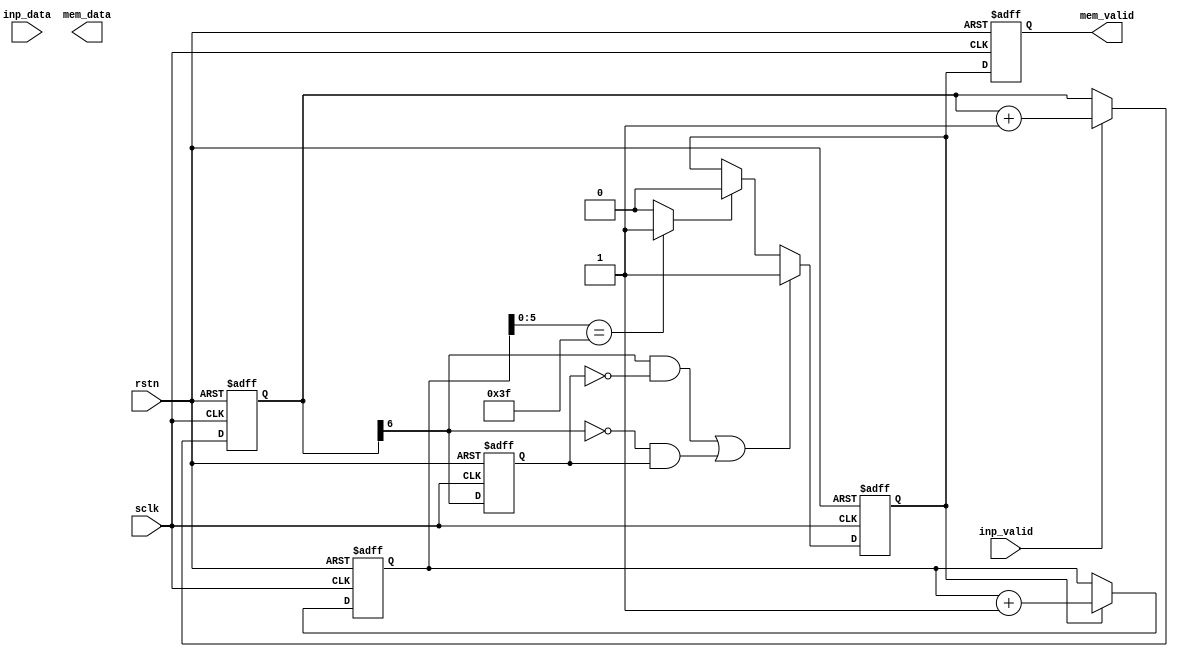
/**********************************************************************
 * Topic : RTL Core
 * 		  2-Dimensional Fast Hartley Transform
 *
 *
 * Matrix Transpose 8x8
 * DPSRAM-based Double Buffer
 * Buffer size is 64*2 words, each word is 16 bits
 *
 * Matrix Transpose -> 64 clk delay
 *			- Double Buffer Solution:
 *
 * RIGHT TO USE: This code example, or any portion thereof, may be
 * used and distributed without restriction, provided that this entire
 * comment block is included with the example.
 *
 * DISCLAIMER: THIS CODE EXAMPLE IS PROVIDED "AS IS" WITHOUT WARRANTY
 * OF ANY KIND, EITHER EXPRESS OR IMPLIED, INCLUDING, BUT NOT LIMITED
 * TO WARRANTIES OF MERCHANTABILITY, FITNESS OR CORRECTNESS. IN NO
 * EVENT SHALL THE AUTHOR OR AUTHORS BE LIABLE FOR ANY DAMAGES,
 * INCLUDING INCIDENTAL OR CONSEQUENTIAL DAMAGES, ARISING OUT OF THE
 * USE OF THIS CODE.
 **********************************************************************/

module mtx_trps_8x8_dpsram (
	rstn,
	sclk,
	
	// Input
	inp_valid,
	inp_data,
	
	// Output
	mem_data,
	mem_valid
);
parameter N = 8;

input			rstn;
input			sclk;

input			inp_valid;
input	[N-1:0]	inp_data;
	
output	[N-1:0]	mem_data;
output			mem_valid;

reg [6:0]	cnt128d_wr;				// Write Mode Counter
wire		indicator;				// 64 words written - Indication(pos. or neg. edge)
reg			indicator_1d;			// Indication 1 clock delay
wire		indicator_pos_edge;		// positive edge
wire		indicator_neg_edge;		// negative edge
reg	[6:0]	cnt128d_rd;				// Read Counter
wire		cnt128d_rd_valid_start;	// Counter start increment
wire		cnt128d_rd_valid_stop;	// Counter stop increment
reg			cnt128d_rd_valid;		// valid time for cnt128d_rd counter
reg			mem_valid;				// 1 clock delay after reading

// DPSRAM Memory Signal Description
wire [15:0] wr_DATA;
wire [ 6:0] wr_ADDR;
wire		wr_CSN;
wire		wr_WEN;

wire [ 6:0] rd_ADDR;
wire		rd_CSN;
wire [15:0] rd_DATA;

`ifdef USE_FPGA_SPSRAM
	//wire [15:0] rd_DATA;
	dpsram_128x16 u_dpsram(
		.addra	(wr_ADDR),
		.addrb	(rd_ADDR),
		.clka	(sclk),
		.clkb	(sclk),
		.dina	(wr_DATA),
		.dinb	({16{1'b0}}),
		.douta	(/* OPEN */),
		.doutb	(rd_DATA),
		.ena	(wr_CSN),
		.enb	(rd_CSN),
		.wea	(wr_WEN),
		.web	(1'b1)
	);
`endif

`ifdef USE_ASIC_SPSRAM
	reg [15:0] rd_DATA = 16'd0;
	reg	[15:0] sram[0:127];
	always @(posedge sclk)
		if (~wr_WEN && ~wr_CSN) sram[wr_ADDR] <= wr_DATA;	// Write
	always @(posedge sclk)
		if (  1'b1  && ~rd_CSN) rd_DATA <= sram[rd_ADDR];	// Read
`endif

always @(posedge sclk or negedge rstn)
if		(!rstn)		cnt128d_wr <= #1 0;
else if (inp_valid)	cnt128d_wr <= #1 cnt128d_wr + 1;

assign wr_DATA = {{16-N{1'b0}},inp_data};
assign wr_ADDR = cnt128d_wr;
assign wr_CSN  = ~inp_valid;
assign wr_WEN  = ~inp_valid;

// Start Reading After fisrt 64 words had been written
assign indicator = cnt128d_wr[6];
always @(posedge sclk or negedge rstn)
if	(!rstn)	indicator_1d <= #1 1'b0;
else		indicator_1d <= #1 indicator;

assign indicator_pos_edge =  indicator & ~indicator_1d;
assign indicator_neg_edge = ~indicator &  indicator_1d;

assign cnt128d_rd_valid_start = indicator_pos_edge | indicator_neg_edge;
assign cnt128d_rd_valid_stop  = (cnt128d_rd[5:0] == 63) ? 1'b1 : 1'b0;

always @(posedge sclk or negedge rstn)
if		(!rstn)					cnt128d_rd_valid <= #1 1'b0;
else if (cnt128d_rd_valid_start)cnt128d_rd_valid <= #1 1'b1;
else if (cnt128d_rd_valid_stop)	cnt128d_rd_valid <= #1 1'b0;

// Read Mode Counter
always @(posedge sclk or negedge rstn)
if		(!rstn)				cnt128d_rd <= #1 1'b0;
else if (cnt128d_rd_valid)	cnt128d_rd <= #1 cnt128d_rd + 1;

assign rd_ADDR = {cnt128d_rd[6],cnt128d_rd[2:0],cnt128d_rd[5:3]};
assign rd_CSN  = ~cnt128d_rd_valid;

// Output
always @(posedge sclk or negedge rstn)
if	(!rstn)	mem_valid <= #1 1'b0;
else		mem_valid <= #1 cnt128d_rd_valid;

assign #1 mem_data = rd_DATA[7:0];

// synopsys translate_off
// <<<------------- DUMP Section
/*
// 2D FHT OUTPUT DUMP DATA 
parameter MEM_TRPS_DPSRAM_FILE = "./result/mem_trps_dpsram.txt";
integer mem_trps_dpsram_dump;
initial mem_trps_dpsram_dump = $fopen(MEM_TRPS_DPSRAM_FILE);

always @(posedge sclk)
if (mem_valid) $fdisplay(mem_trps_dpsram_dump,"%h",mem_data);
*/
// synopsys translate_on
endmodule